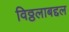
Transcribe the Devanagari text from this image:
विठ्ठलाबद्दल